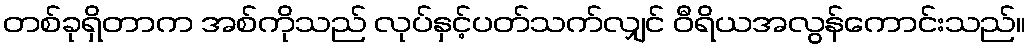
တစ်ခုရှိတာက အစ်ကိုသည် လုပ်နှင့်ပတ်သက်လျှင် ဝီရိယအလွန်ကောင်းသည်။